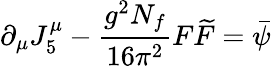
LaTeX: \partial_{\mu}J_{5}^{\mu}-{\frac{g^{2}N_{f}}{16\pi^{2}}}F\widetilde{F}=\bar{\psi}